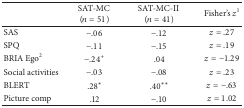
<table><thead><tr><td><b> </b></td><td><b>SAT-MC (<i>n</i> = 51)</b></td><td><b>SAT-MC-II (<i>n</i> = 41)</b></td><td><b>Fisher&#x27;s <i>z</i><sup>1</sup></b></td></tr></thead><tbody><tr><td>SAS</td><td>−.06</td><td>−.12</td><td><i>z</i> = .27</td></tr><tr><td>SPQ</td><td>−.11</td><td>−.15</td><td><i>z</i> = .19</td></tr><tr><td>BRIA Ego<sup>2</sup></td><td>−.24<sup>+</sup></td><td>.04</td><td><i>z</i> = −1.29</td></tr><tr><td>Social activities</td><td>−.03</td><td>−.08</td><td><i>z</i> = .23</td></tr><tr><td>BLERT</td><td>.28*</td><td>.40**</td><td><i>z</i> = −.63</td></tr><tr><td>Picture comp</td><td>.12</td><td>−.10</td><td><i>z</i> = 1.02</td></tr></tbody></table>